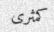
كمثرى